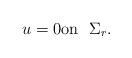
LaTeX: \begin{align*}u=0\mbox{on }\,\,\Sigma_r .\end{align*}